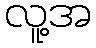
လူ့အ